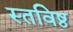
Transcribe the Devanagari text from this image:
स्तविष्ठ